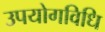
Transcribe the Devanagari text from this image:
उपयोगविधि